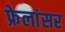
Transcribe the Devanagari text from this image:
फ्रेलांसर